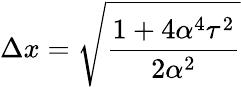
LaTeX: \Delta x=\sqrt{\frac{1+4\alpha^{4}\tau^{2}}{2\alpha^{2}}}